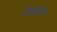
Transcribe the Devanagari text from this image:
नेचरड